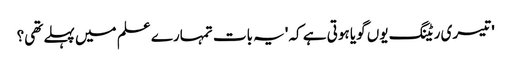
' تیسری ریٹنگ یوں گویا ہوتی ہے کہ 'یہ بات تمہارے علم میں پہلے تھی؟